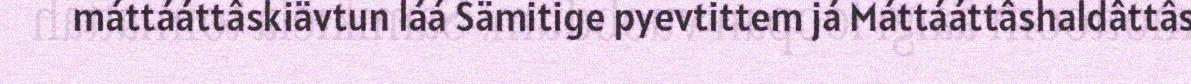
máttááttâskiävtun láá Sämitige pyevtittem já Máttááttâshaldâttâs